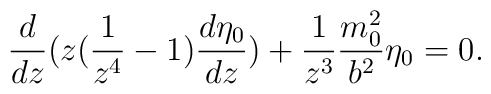
\frac{d}{dz}(z(\frac{1}{z^{4}}-1)\frac{d\eta_{0}}{dz})+\frac{1}{z^{3}}\frac{m_{0}^{2}}{b^{2}}\eta_{0} =0.